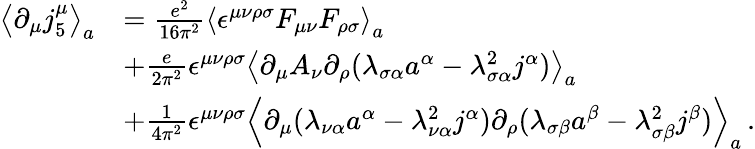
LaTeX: \begin{array}{rl}{\left\langle\partial_{\mu}j_{5}^{\mu}\right\rangle_{a}}&{=\frac{e^{2}}{16\pi^{2}}\left\langle\epsilon^{\mu\nu\rho\sigma}F_{\mu\nu}F_{\rho\sigma}\right\rangle_{a}}\\ &{+\frac{e}{2\pi^{2}}\epsilon^{\mu\nu\rho\sigma}\left\langle\partial_{\mu}A_{\nu}\partial_{\rho}(\lambda_{\sigma\alpha}a^{\alpha}-\lambda_{\sigma\alpha}^{2}j^{\alpha})\right\rangle_{a}}\\ &{+\frac{1}{4\pi^{2}}\epsilon^{\mu\nu\rho\sigma}\left\langle\partial_{\mu}(\lambda_{\nu\alpha}a^{\alpha}-\lambda_{\nu\alpha}^{2}j^{\alpha})\partial_{\rho}(\lambda_{\sigma\beta}a^{\beta}-\lambda_{\sigma\beta}^{2}j^{\beta})\right\rangle_{a}\, .}\end{array}